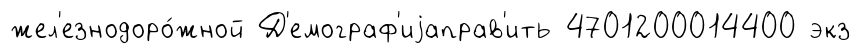
жел'езнодоро́жной Д'емограф'иjаправ'ить 4701200014400 экз